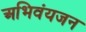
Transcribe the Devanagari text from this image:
अभिवंयजन